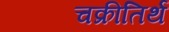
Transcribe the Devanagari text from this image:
चक्रीतिर्थ